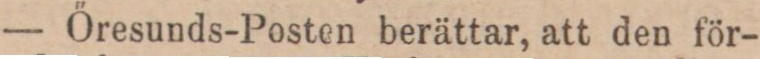
— Őresunds-Posten berättar, att den för-